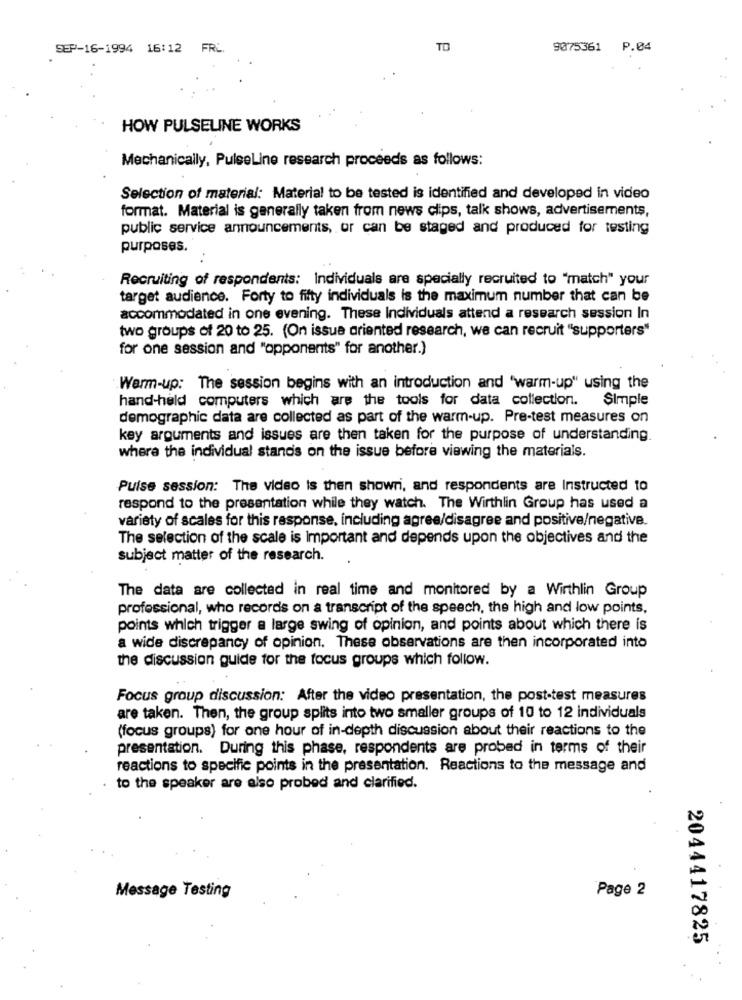
SEP-16-1994 16:12 FRL.
TO
9075361 P.04
HOW PULSELINE WORKS
Mechanically, PulseLine research proceeds as follows:
Selection of material: Material to be tested is identified and developed in video
format. Material is generally taken from news clips, talk shows, advertisements,
public service announcements, or can be staged and produced for testing
purposes.
Recruiting of respondents: Individuals are specially recruited to "match" your
target audience. Forty to fifty individuals is the maximum number that can be
accommodated in one evening. These Individuals attend a research session In
two groups of 20 to 25. (On issue oriented research, we can recruit "supporters"
for one session and "opponents" for another.)
Warm-up: The session begins with an introduction and 'warm-up" using the
hand-held computers which are the tools for data collection. Simple
demographic data are collected as part of the warm-up. Pre-test measures on
key arguments and issues are then taken for the purpose of understanding.
where the individual stands on the issue before viewing the materials.
Pulse session: The video is then showri, and respondents are Instructed to
respond to the presentation while they watch. The Wirthlin Group has used a
variety of scales for this response, including agree/disagree and positive/negative.
The selection of the scale is important and depends upon the objectives and the
subject matter of the research.
The data are collected in real time and monitored by a Wirthlin Group
professional, who records on a transcript of the speech, the high and low points,
points which trigger a large swing of opinion, and points about which there is
a wide discrepancy of opinion. These observations are then incorporated into
the discussion guide for the focus groups which follow.
Focus group discussion: After the video presentation, the post-test measures
are taken. Then, the group splits into two smaller groups of 10 to 12 individuals
(focus groups) for one hour of in-depth discussion about their reactions to the
presentation. During this phase, respondents are probed in terms of their
reactions to specific points in the presentation. Reactions to the message and
to the speaker are also probed and clarified.
Page 2
Message Testing
2044417825